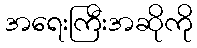
အရေးကြီးအဆိုကို